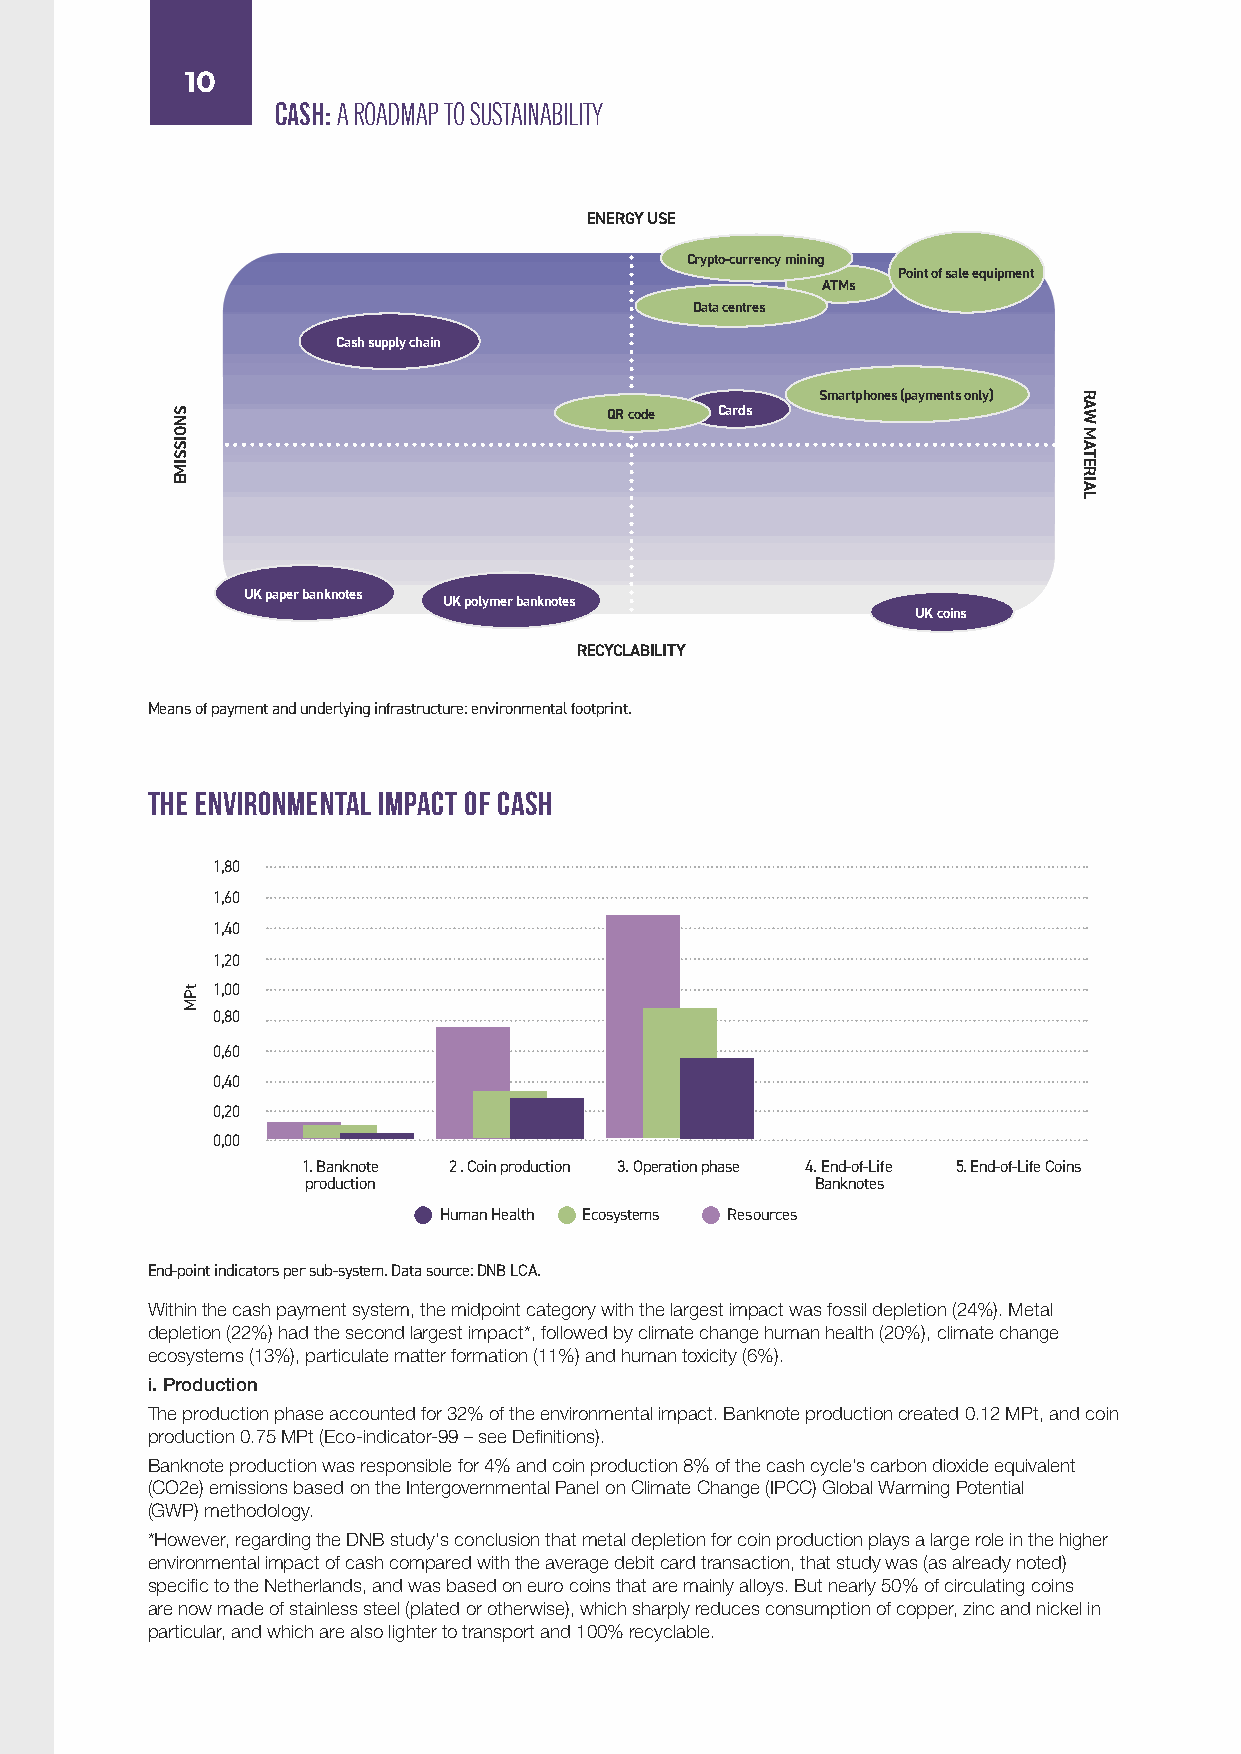
10
 CASH: A ROADMAP TO SUSTAINABILITY
 ENERGY USE
 Crypto-currency mining
 Point of sale equipment
 ATMs
 Data centres
 Cash supply chain
 Smartphones (payments only)
 QR code Cards
 UK paper banknotes
 UK polymer banknotes
 UK coins
 RECYCLABILITY
 Means of payment and underlying infrastructure: environmental footprint.
 The Environmental Impact of Cash
 1,80
 1,60
 1,40
 1,20
 1,00
 0,80
 0,60
 0,40
 0,20
 0,00
 1. Banknote 2 . Coin production 3. Operation phase 4. End-of-Life 5. End-of-Life Coins
 production                        Banknotes
 Human Health Ecosystems Resources
 End-point indicators per sub-system. Data source: DNB LCA.
 Within the cash payment system, the midpoint category with the largest impact was fossil depletion (24%). Metal
 depletion (22%) had the second largest impact*, followed by climate change human health (20%), climate change
 ecosystems (13%), particulate matter formation (11%) and human toxicity (6%).
 i. Production
 The production phase accounted for 32% of the environmental impact. Banknote production created 0.12 MPt, and coin
 production 0.75 MPt (Eco-indicator-99 – see Definitions).
 Banknote production was responsible for 4% and coin production 8% of the cash cycle’s carbon dioxide equivalent
 (CO2e) emissions based on the Intergovernmental Panel on Climate Change (IPCC) Global Warming Potential
 (GWP) methodology.
 *However, regarding the DNB study's conclusion that metal depletion for coin production plays a large role in the higher
 environmental impact of cash compared with the average debit card transaction, that study was (as already noted)
 specific to the Netherlands, and was based on euro coins that are mainly alloys. But nearly 50% of circulating coins
 are now made of stainless steel (plated or otherwise), which sharply reduces consumption of copper, zinc and nickel in
 particular, and which are also lighter to transport and 100% recyclable.
 SNOISSIME
 tPM
 RAW
 MATERIAL